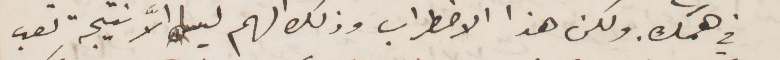
في همك. ولكن هذا الاضطراب ولك الهم ليس الا نتيجة تعب